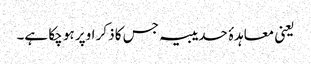
یعنی معاہدۂ حدیبیہ جس کا ذکر اوپر ہو چکا ہے۔